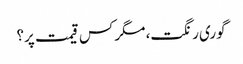
گوری رنگت، مگر کس قیمت پر؟